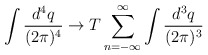
\begin{align*}\int \frac{d^{4}q}{(2\pi)^{4}} \rightarrow T\sum_{n=-\infty}^{\infty}\int \frac{d^{3}q}{(2\pi)^{3}}\end{align*}